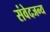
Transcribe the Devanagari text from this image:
संवेदजन्य